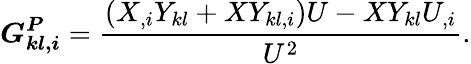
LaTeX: \boldsymbol{G_{kl,i}^{P}}=\frac{(X_{,i}Y_{kl}+XY_{kl,i})U-XY_{kl}U_{,i}}{U^{2}}.